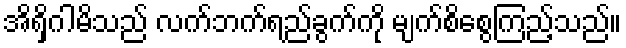
အိရှိဂါမိသည် လက်ဘက်ရည်ခွက်ကို မျက်စိစွေကြည့်သည်။